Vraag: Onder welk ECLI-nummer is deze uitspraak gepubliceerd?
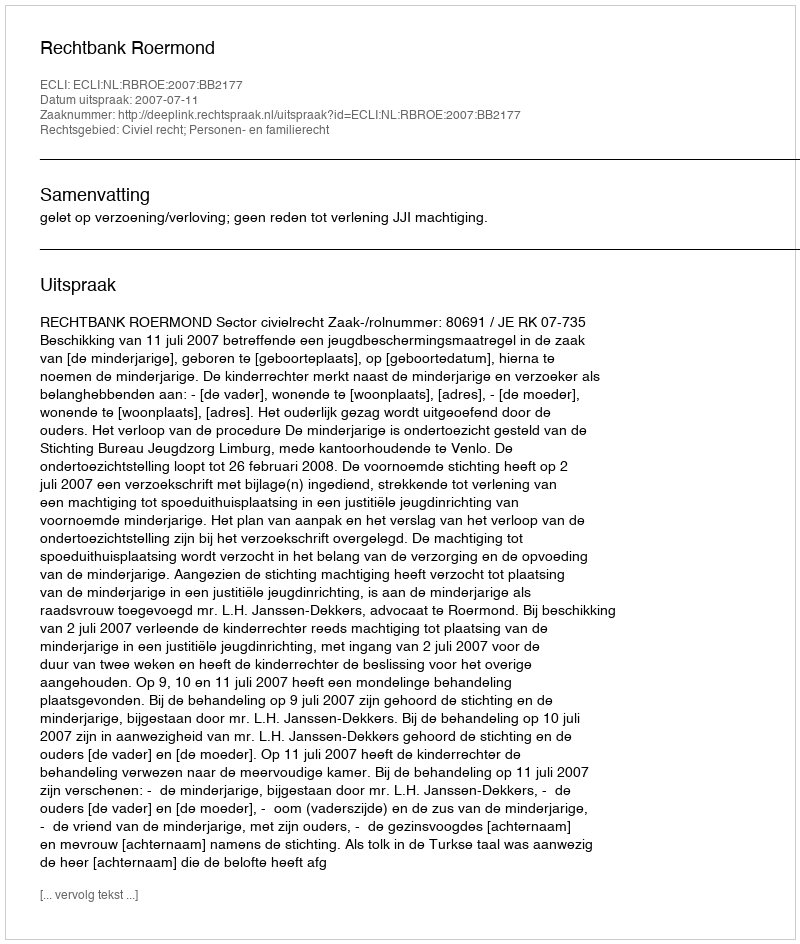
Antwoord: ECLI:NL:RBROE:2007:BB2177